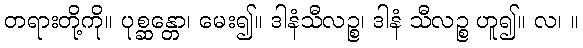
တရားတို့ကို။ ပုစ္ဆန္တော၊ မေး၍။ ဒါနံသီလဉ္စ၊ ဒါနံ သီလဉ္စ ဟူ၍။ လ၊ ။